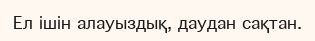
Ел ішін алауыздық, даудан сақтан.